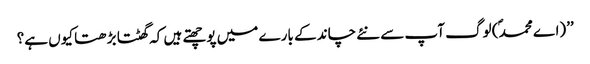
’’(اے محمد ؐ) لوگ آپ سے نئے چاند کے بارے میں پوچھتے ہیں کہ گھٹتا بڑھتا کیوں ہے؟